Indian journal of veterinary science and animal husbandry - Volumes 15-17, 1948-1951
Year: 1948
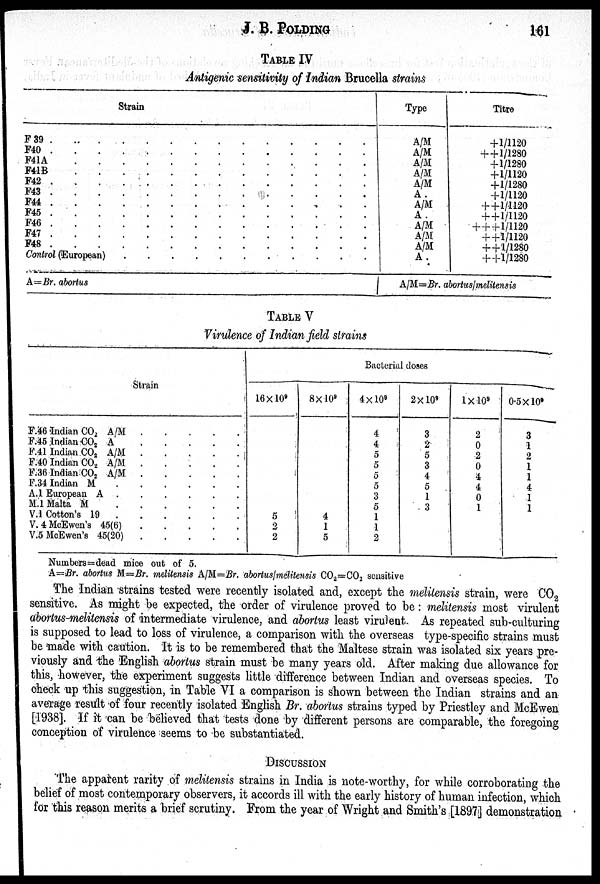
J. B. POLDING
161
TABLE IV
Antigenic sensitivity of Indian Brucella strains
Strain
F 39
.
.
.
.
.
.
.
.
.
.
.
.
.
.
F40
.
.
.
.
.
.
.
.
.
.
.
.
.
.
F41A
.
.
.
.
.
.
.
.
.
.
.
.
.
.
F41B
.
.
.
.
.
.
.
.
.
.
.
.
.
.
F42
.
.
.
.
.
.
.
.
.
.
.
.
.
.
F43
.
.
.
.
.
.
.
.
.
.
.
.
.
.
F44
.
.
.
.
.
.
.
.
.
.
.
.
.
.
F45
.
.
.
.
.
.
.
.
.
.
.
.
.
.
F46
.
.
.
.
.
.
.
.
.
.
.
.
.
.
F47
.
.
.
.
.
.
.
.
.
.
.
.
.
.
F48
.
.
.
.
.
.
.
.
.
.
.
.
.
.
Control (European) . . . . . . . . . . . . . .
A = Br. abortus
Type
A/M
A/M
A/M
A/M
A/M
A.
A/M
A.
A/M
A/M
A/M
A .
Titre
+1/1120
+
+1/1280
+1/1280
+1/1120
+1/1280
+1/1120
+
+1/1120
+ + 1/1120
+ + +1/1120
+
+1/1120
+
+1/1280
++1/1280
A/M=Br. abortus/melitensis
TABLE V
Virulence of Indian field strains
Strain
F.46 Indian CO 2 A/M
.
.
.
.
.
F.45 Indian CO 2 A
.
.
.
.
.
F.41 Indian CO 2 A/M
.
.
.
.
.
F.40 Indian CO 2 A/M . . . . .
F.36 Indian CO 2 A/M
.
.
.
.
.
F.34 Indian M
.
.
.
.
.
.
A.1 European A
.
.
.
.
.
.
M.1 Malta M
.
.
.
.
.
.
V.1 Cotton's 19
.
.
.
.
.
.
V.4 McEwen's 45(6)
.
.
.
.
.
V.5 McEwen's 45(20)
.
.
.
.
.
Bacterial doses
16×10 9
5
2
2
8×10 9
4
1
5
4 × 10 9
4
4
5
5
5
5
3
5
1
1
2
2 × 10 9
3
2
5
3
4
5
1
3
1×10 9
2
0
2
0
4
4
0
1
0.5 × 10 9
3
1
2
1
1
4
1
1
Numbers=dead mice out of 5.
A=Br. abortus M=Br. melitensis A/M=Br. abortus/melitensis CO 2 =CO 2 sensitive
The Indian strains tested were recently isolated and, except the melitensis strain, were CO 2
sensitive. As might be expected, the order of virulence proved to be : melitensis most virulent
abortus-melitensis of intermediate virulence, and abortus least virulent. As repeated sub-culturing
is supposed to lead to loss of virulence, a comparison with the overseas type-specific strains must
be made with caution. It is to be remembered that the Maltese strain was isolated six years pre-
viously and the English abortus strain must be many years old. After making due allowance for
this, however, the experiment suggests little difference between Indian and overseas species. To
check up this suggestion, in Table VI a comparison is shown between the Indian strains and an
average result of four recently isolated English Br. abortus strains typed by Priestley and McEwen
[1938]. If it can be believed that tests done by different persons are comparable, the foregoing
conception of virulence seems to be substantiated.
DISCUSSION
The apparent rarity of melitensis strains in India is note-worthy, for while corroborating the
belief of most contemporary observers, it accords ill with the early history of human infection, which
for this reason merits a brief scrutiny. From the year of Wright and Smith's [1897] demonstration